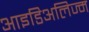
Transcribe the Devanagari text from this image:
आइडिअलिज्म